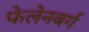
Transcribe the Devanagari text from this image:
फेलेनबर्ग